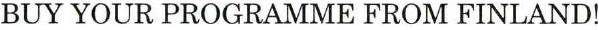
BUY YOUR PROGRAMME FROM FINLAND!